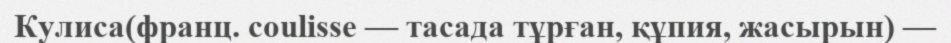
Кулиса(франц. coulisse — тасада тұрған, құпия, жасырын) —